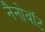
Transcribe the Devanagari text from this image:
नैनोवॉट